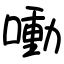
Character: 㗢